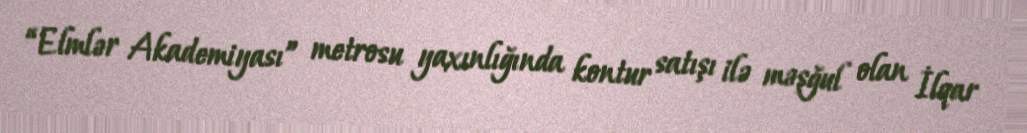
“Elmlər Akademiyası” metrosu yaxınlığında kontur satışı ilə məşğul olan İlqar